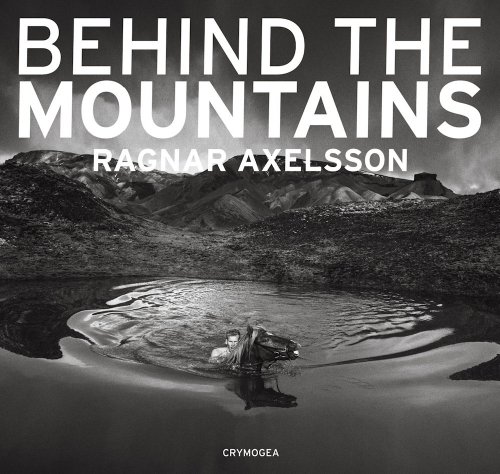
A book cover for Ragnar Axelsson: Behind the Mountains; Travel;